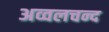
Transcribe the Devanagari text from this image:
अव्वलचन्द